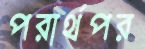
পরার্থপর